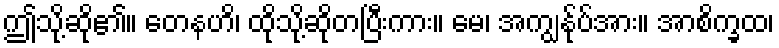
ဤသို့ဆို၏။ တေနဟိ၊ ထိုသို့ဆိုတပြီးကား။ မေ၊ အကျွန်ုပ်အား။ အာစိက္ခထ၊